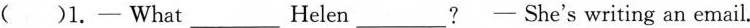
( )1.— What ___Helen___?-—She's writing an email.